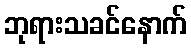
ဘုရားသခင်နောက်